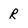
Character: R